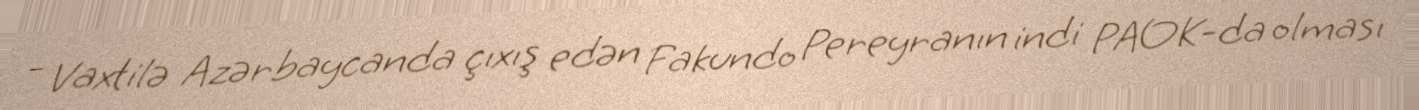
- Vaxtilə Azərbaycanda çıxış edən Fakundo Pereyranın indi PAOK-da olması